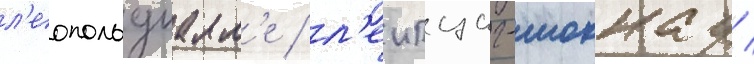
л'еопольдшалл'е / л'еипциг-моккау /